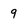
Character: 9